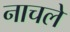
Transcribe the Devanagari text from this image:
नाचले